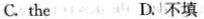
C.the D.不填